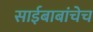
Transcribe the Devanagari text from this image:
साईबाबांचेच